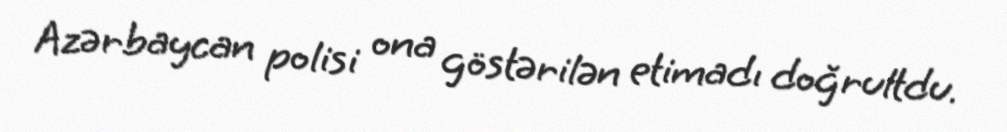
Azərbaycan polisi ona göstərilən etimadı doğrultdu.